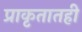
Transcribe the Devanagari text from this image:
प्राकृतातही